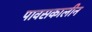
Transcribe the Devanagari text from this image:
पावसकालीन